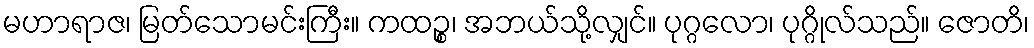
မဟာရာဇ၊ မြတ်သောမင်းကြီး။ ကထဉ္စ၊ အဘယ်သို့လျှင်။ ပုဂ္ဂလော၊ ပုဂ္ဂိုလ်သည်။ ဇောတိ၊